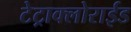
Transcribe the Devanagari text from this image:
टेट्राक्लोराईड